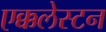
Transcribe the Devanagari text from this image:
एक्कलेस्टन